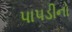
પાપડીનો